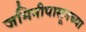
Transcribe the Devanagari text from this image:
जमिनीपासूनच्या